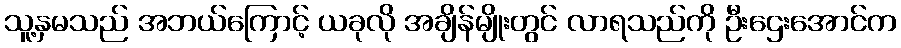
သူ့နှမသည် အဘယ်ကြောင့် ယခုလို အချိန်မျိုးတွင် လာရသည်ကို ဦးဌေးအောင်က